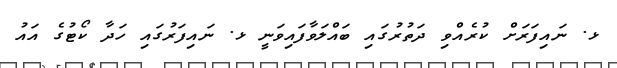
ޅ. ނައިފަރަށް ކުރެއްވި ދަތުރުގައި ބައްލަވާފައިވަނީ ޅ. ނައިފަރުގައި ހަދާ ކޯޓުގެ އައު